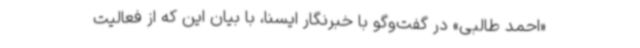
«احمد طالبی» در گفت‌وگو با خبرنگار ایسنا، با بیان این که از فعالیت